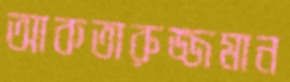
আকতারুজ্জমান